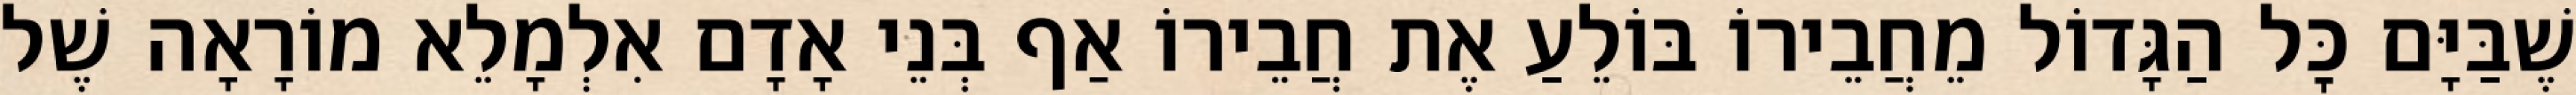
שֶׁבַּיָּם כׇּל הַגָּדוֹל מֵחֲבֵירוֹ בּוֹלֵעַ אֶת חֲבֵירוֹ אַף בְּנֵי אָדָם אִלְמָלֵא מוֹרָאָה שֶׁל